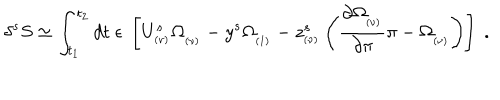
LaTeX: \delta ^ { s } S \simeq \int _ { t _ { 1 } } ^ { t _ { 2 } } d t \; \epsilon \; \left[ U _ { _ { ( \nu ) } } ^ { s } \Omega _ { _ { ( \nu ) } } - y ^ { s } \Omega _ { _ { ( 1 ) } } - z _ { _ { ( \nu ) } } ^ { s } \left( { \frac { \partial \Omega _ { _ { ( \nu ) } } } { \partial \pi } } \pi - \Omega _ { _ { ( \nu ) } } \right) \right] \; .